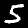
Label: 5